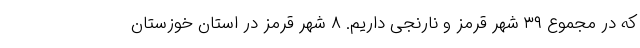
که در مجموع ۳۹ شهر قرمز و نارنجی داریم. ۸ شهر قرمز در استان خوزستان